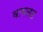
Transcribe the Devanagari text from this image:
वामतट